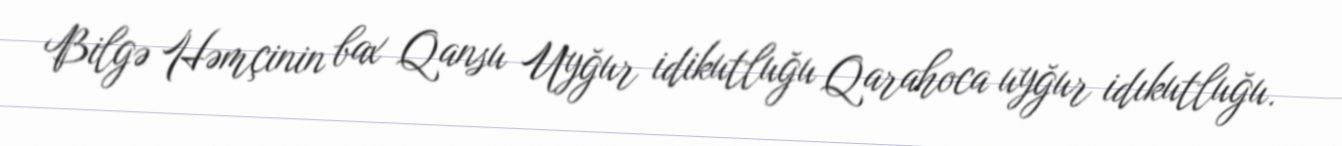
Bilgə Həmçinin bax Qansu Uyğur idikutluğu Qarahoca uyğur idıkutluğu.